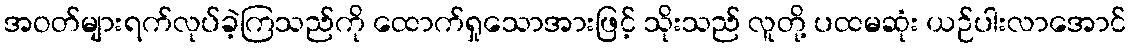
အဝတ်များရက်လုပ်ခဲ့ကြသည်ကို ထောက်ရှုသောအားဖြင့် သိုးသည် လူတို့ ပထမဆုံး ယဉ်ပါးလာအောင်